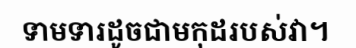
ទាមទារដូចជាមកុដរបស់វា។